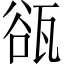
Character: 𤭏